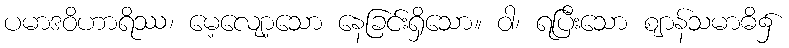
ပမာဒဝိဟာရိဿ၊ မေ့လျော့သော နေခြင်းရှိသော။ ဝါ၊ ရပြီးသော ဈာန်သမာဓိ၌